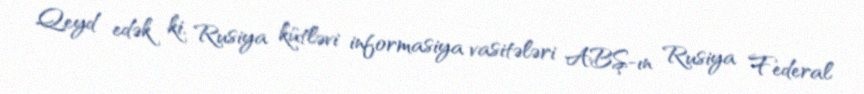
Qeyd edək ki, Rusiya kütləvi informasiya vasitələri ABŞ-ın Rusiya Federal